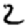
Digit: 2